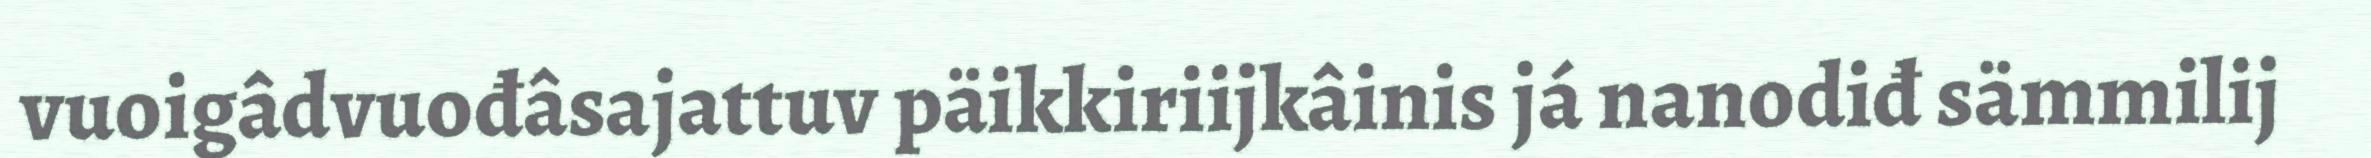
vuoigâdvuođâsajattuv päikkiriijkâinis já nanodiđ sämmilij